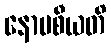
နောပစီယတိ